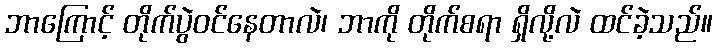
ဘာကြောင့် တိုက်ပွဲဝင်နေတာလဲ၊ ဘာကို တိုက်စရာ ရှိလို့လဲ ထင်ခဲ့သည်။